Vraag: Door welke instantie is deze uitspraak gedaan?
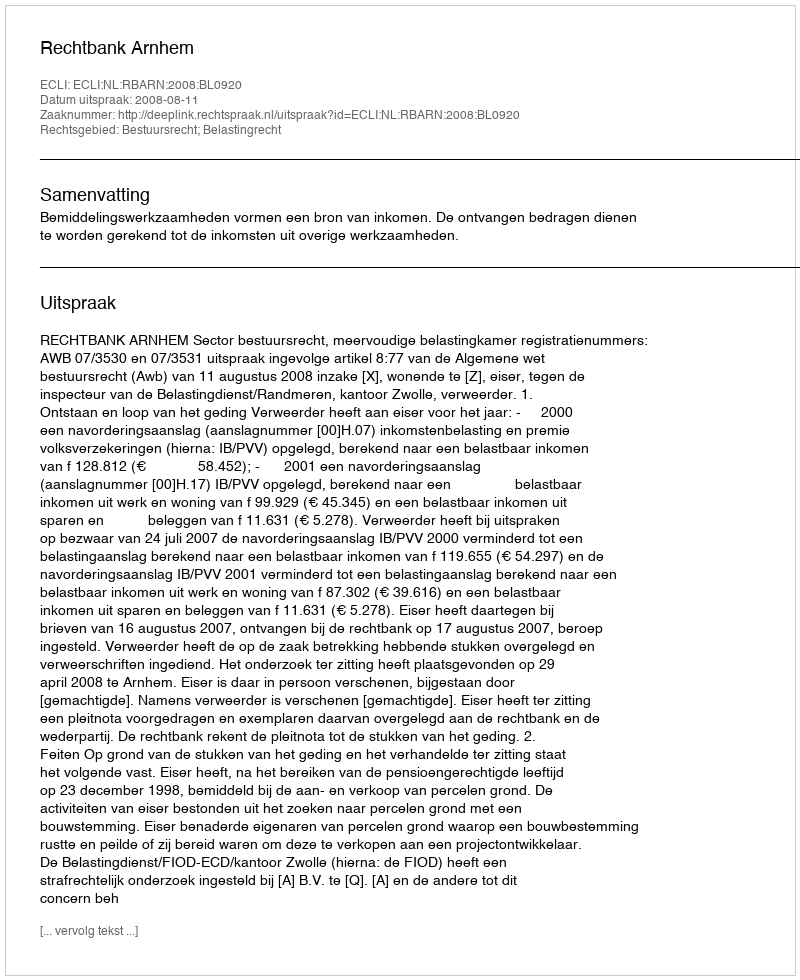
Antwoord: Rechtbank Arnhem